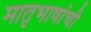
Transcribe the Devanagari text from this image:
मातृभाषांची